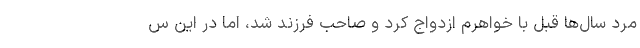
مرد سال‌ها قبل با خواهرم ازدواج کرد و صاحب فرزند شد، اما در این س